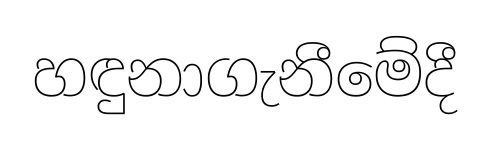
හඳුනාගැනීමේදී